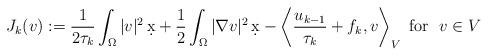
LaTeX: \begin{align*}J_k(v):=\frac{1}{2\tau_k}\int_\Omega |v|^2\,\d x+\frac{1}{2}\int_\Omega |\nabla v|^2\,\d x- \left\langle \dfrac{u_{k-1}}{\tau_k} + f_k ,v \right\rangle_V \mbox{ for } \ v \in V\end{align*}